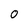
Character: 0